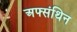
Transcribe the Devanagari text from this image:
अफ्संथिन